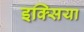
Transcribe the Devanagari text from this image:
इक्सिया